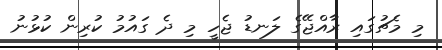
މި މެޗުގައި ރާއްޖޭގެ ލަނޑު ޖެހީ މި ދެ ގައުމު ކުރިން ކުޅުނު